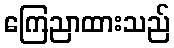
ကြေညာထားသည်